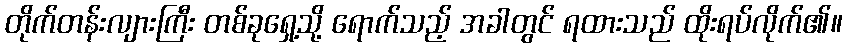
တိုက်တန်းလျားကြီး တစ်ခုရှေ့သို့ ရောက်သည့် အခါတွင် ရထားသည် ထိုးရပ်လိုက်၏။